Annual report of lunatic asylums [Bombay] - 1912-1922
Year: 1912
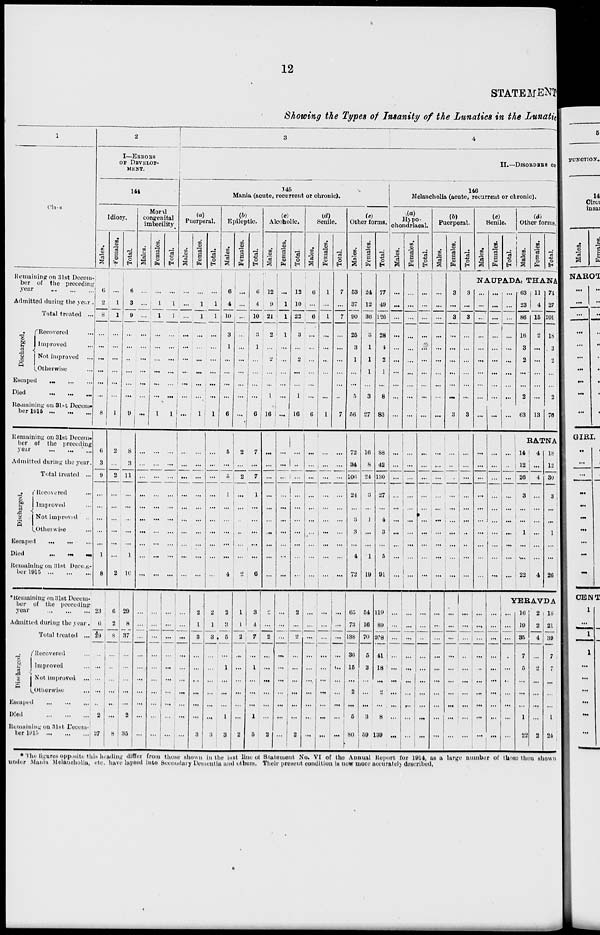
12
STATEMENT
Showing the Types of Insanity of the Lunatics in the Lunatic
1
Class
Remaining on 31st Decem-
ber of the preceding
year
...
...
...
Admitted during the year.
Total treated ...
Discharged.
Recovered ...
Improved ...
Not improved ...
Otherwise ...
Escaped
...
...
...
Died
...
...
...
Remaining on 31 st Decem-
ber
1915
...
...
...
Remaining on 31st Decem-
ber of the preceding
year ... ... ...
Admitted during the year.
Total treated ...
Discharged.
Recovered ...
Improved ...
Not improved ...
Otherwise ...
Escaped
...
...
...
Died
...
...
...
Renmaning on 31st Decem-
ber 1915 ... ... ...
* Remaining on 31st Decem-
ber of the preceding-
year ... ... ...
Admitted during the year.
Total treated ...
Discharged.
Recovered ...
Improved ...
Not improved ...
Otherwise ...
Escaped ... ... ...
Died
...
...
...
Remaining on 31st Decem-
ber
1915
...
...
...
2
I—ERRORS
OF DEVELOP-
MENT.
144
Idiocy.
Males.
6
2
8
...
...
...
...
...
...
8
6
3
9
...
...
...
...
...
1
8
23
6
29
...
...
...
...
...
2
27
Females.
...
1
1
...
...
...
...
...
1
2
...
2
...
...
...
...
...
...
2
6
2
8
...
...
...
...
...
...
8
Total.
6
3
9
...
...
...
...
...
...
9
8
3
11
...
...
...
...
...
1
10
29
8
37
...
...
...
...
...
2
35
Moral
congenital
imbecility
Males.
...
...
...
...
...
...
...
...
...
...
...
...
...
...
...
...
...
...
...
...
...
...
...
...
...
...
...
...
...
...
Females.
...
1
1
...
...
...
...
...
...
1
...
...
...
...
...
...
...
...
...
...
...
...
...
...
...
...
...
...
...
...
Total.
...
1
1
...
...
...
...
...
...
1
...
...
...
...
...
...
...
...
...
...
...
...
...
...
...
...
...
...
...
...
3
4
II.—DISORDERS OF
145
Mania (acute, recurrent or chronic).
(a)
Puerperal.
Males.
...
...
...
...
...
...
...
...
...
...
...
...
...
...
...
...
...
...
...
...
...
...
...
...
...
...
...
...
...
...
Females.
...
1
1
...
...
...
...
...
...
1
...
...
...
...
...
...
...
...
...
...
2
1
3
...
...
...
...
...
...
3
Total.
...
1
1
...
...
...
...
...
...
1
...
...
...
...
...
...
...
...
...
...
2
1
3
...
...
...
...
...
...
3
(b)
Epileptic.
Males.
6
4
10
3
1
...
...
...
...
6
5
...
5
1
...
...
...
...
...
4
2
3
5
...
1
...
...
...
1
3
Females.
...
...
...
...
...
...
...
...
...
...
2
...
2
...
...
...
...
...
...
2
1
1
2
...
...
...
...
...
...
2
Total.
6
4
10
3
1
...
...
...
...
7
...
7
1
...
...
...
...
...
6
3
4
7
...
1
...
...
...
1
5
(c)
Alcoholic.
Males.
12
9
21
2
2
...
1
16
...
...
...
...
...
...
...
...
...
2
...
2
...
...
...
...
...
...
2
Females.
...
1
1
1
...
...
...
...
...
...
...
...
...
...
...
...
...
...
...
...
...
...
...
...
...
...
...
Total.
12
10
22
3
2
...
1
16
...
...
...
...
...
...
...
...
...
...
2
...
2
...
...
...
...
...
...
2
(d)
Senile.
Males.
6
...
6
...
...
...
...
0
...
...
...
...
...
...
...
...
...
...
...
...
...
...
...
....
...
...
...
...
Females.
1
...
1
...
...
...
...
1
...
...
' ...
...
...
...
...
...
...
...
...
...
...
...
...
...
...
...
...
...
Total.
7
...
7
...
...
...
...
..
7
...
...
...
...
...
...
...
...
...
...
...
...
...
...
...
...
...
...
...
...
(e)
Other forms.
Males.
53
37
90
25
3
1
...
...
5
56
72
34
106
24
...
3
3
...
4
72
65
73
138
36
15
...
2
...
5
80
Females.
24
12
36
3
1
1
1
3
27
16
8
24
3
...
1
...
...
1
19
54
16
70
5
3
...
...
...
3
59
Total.
77
49
126
28
4
2
1
...
8
83
88
42
130
27
...
4
3
...
5
91
119
89
208
41
18
...
2
...
8
139
146
Melancholia (acute, recurrent or chronic).
(a)
Hypo-
chondriacal.
Males.
...
...
...
...
...
...
...
...
...
...
...
...
...
...
...
...
...
...
...
...
...
...
...
...
...
...
...
...
...
Females.
...
...
...
...
...
...
...
...
...
...
...
...
...
...
...
...
...
...
...
...
...
...
...
...
...
...
...
...
...
...
Total.
...
...
...
...
...
...
...
...
...
...
...
...
...
...
...
...
...
...
...
...
...
...
...
...
...
...
...
...
...
...
(b)
Puerperal.
Males.
...
...
...
...
...
...
...
...
...
...
...
...
...
. ...
...
...
...
...
...
...
...
...
...
...
...
...
...
...
...
Females.
3
...
3
...
...
...
...
...
...
3
...
...
...
...
...
...
...
...
...
...
...
...
...
...
...
...
...
...
...
...
Total.
3
...
3
...
...
...
...
...
3
...
...
...
...
...
...
...
...
...
...
...
...
...
...
...
...
...
...
...
...
(c)
Senile.
Males.
Females.
Total.
(d)
Other forms.
Males.
Females.
Total.
NAUPADA, THANA
...
...
...
...
...
...
...
...
...
...
...
...
...
...
...
...
...
...
...
...
...
...
...
...
...
...
...
...
...
...
...
...
...
...
...
...
...
...
...
...
...
...
...
...
...
...
...
...
...
...
...
...
...
...
...
...
...
...
...
...
...
...
...
...
...
...
...
...
...
...
...
...
...
...
...
...
...
...
...
63
23
86
16
3
2
...
...
2
63
11
4
15
2
...
...
...
...
...
13
74
27
101
18
3
2
...
...
2
76
RATNA
14
12
26
3
...
...
1
...
....
22
4
...
4
...
...
...
...
...
...
4
18
12
30
3
...
1
...
26
YERAVDA
...
...
...
...
...
...
...
...
...
...
16
19
35
7
5
...
...
. ..
1
22
2
2
4
...
2
...
...
...
...
2
18
21
39
7
7
...
...
1
24
* The figures opposite this heading differ from those shown in the last line of Statement No. VI of the Annual Report for 1914, as a large number of those then shown
under Mania Melancholia, etc. have lapsed into Secondary Dementia and others. Their present condition is now more accurately described,